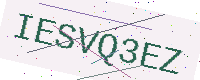
Text: IESVQ3EZ